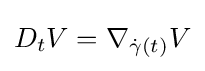
D_{t}V=\nabla _{{\dot {\gamma }}(t)}V